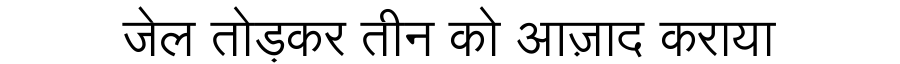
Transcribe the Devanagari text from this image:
जेल तोड़कर तीन को आज़ाद कराया